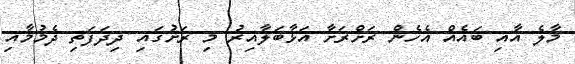
މާލެ އާއި ބައެއް އެހެން ރަށްރަށާ އަޅާބަލާއިރު މި ރަށުގައި ދިދަފަތި ދެމުމާއި